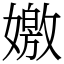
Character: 嬓